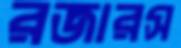
রজারস